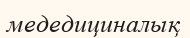
медедициналық